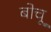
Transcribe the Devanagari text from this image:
बोचू